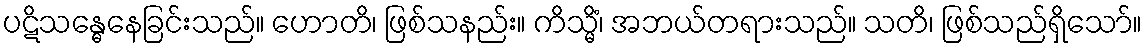
ပဋိသန္ဓေနေခြင်းသည်။ ဟောတိ၊ ဖြစ်သနည်း။ ကိသ္မိံ၊ အဘယ်တရားသည်။ သတိ၊ ဖြစ်သည်ရှိသော်။